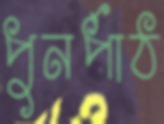
পুনর্পাঠ